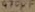
Text: 470µF